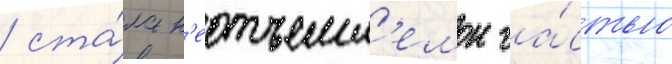
/ ста́ла н'еотъемл'емои ча́стью